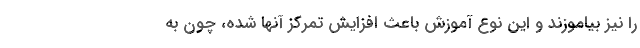
را نیز بیاموزند و این نوع آموزش باعث افزایش تمرکز آنها شده، چون به